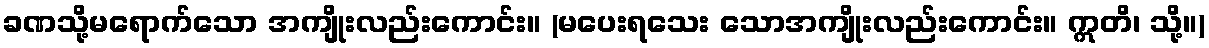
ခဏသို့မရောက်သော အကျိုးလည်းကောင်း။ (မပေးရသေး သောအကျိုးလည်းကောင်း။ ဣတိ၊ သို့။)